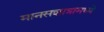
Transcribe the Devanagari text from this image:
मानसशात्रामध्ये